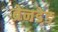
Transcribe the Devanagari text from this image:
ब्रेनडेड